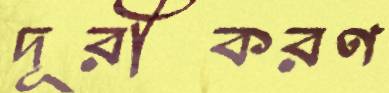
দূরীকরণ